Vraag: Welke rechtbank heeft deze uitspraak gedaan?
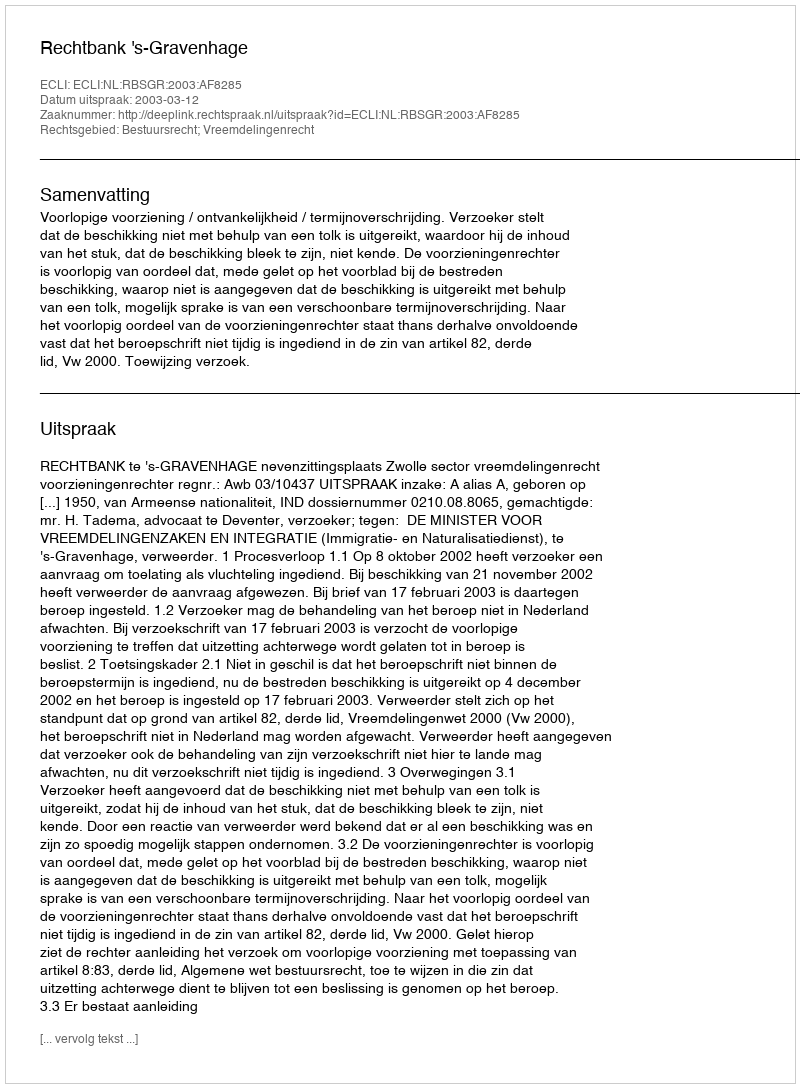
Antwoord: Rechtbank 's-Gravenhage